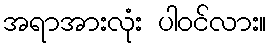
အရာအားလုံး ပါဝင်လား။